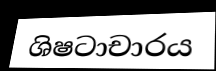
ශිෂටාචාරය